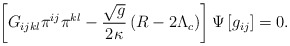
\begin{align*}\left[ G_{ijkl}\pi ^{ij}\pi ^{kl}-\frac{\sqrt{g}}{2\kappa }\left( R-2\Lambda_{c}\right) \right] \Psi \left[ g_{ij}\right] =0.\end{align*}